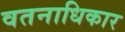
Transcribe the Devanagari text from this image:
वतनाधिकार